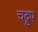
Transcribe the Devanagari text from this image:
चद्रुप